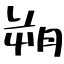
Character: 朔